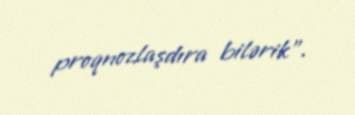
proqnozlaşdıra bilərik".